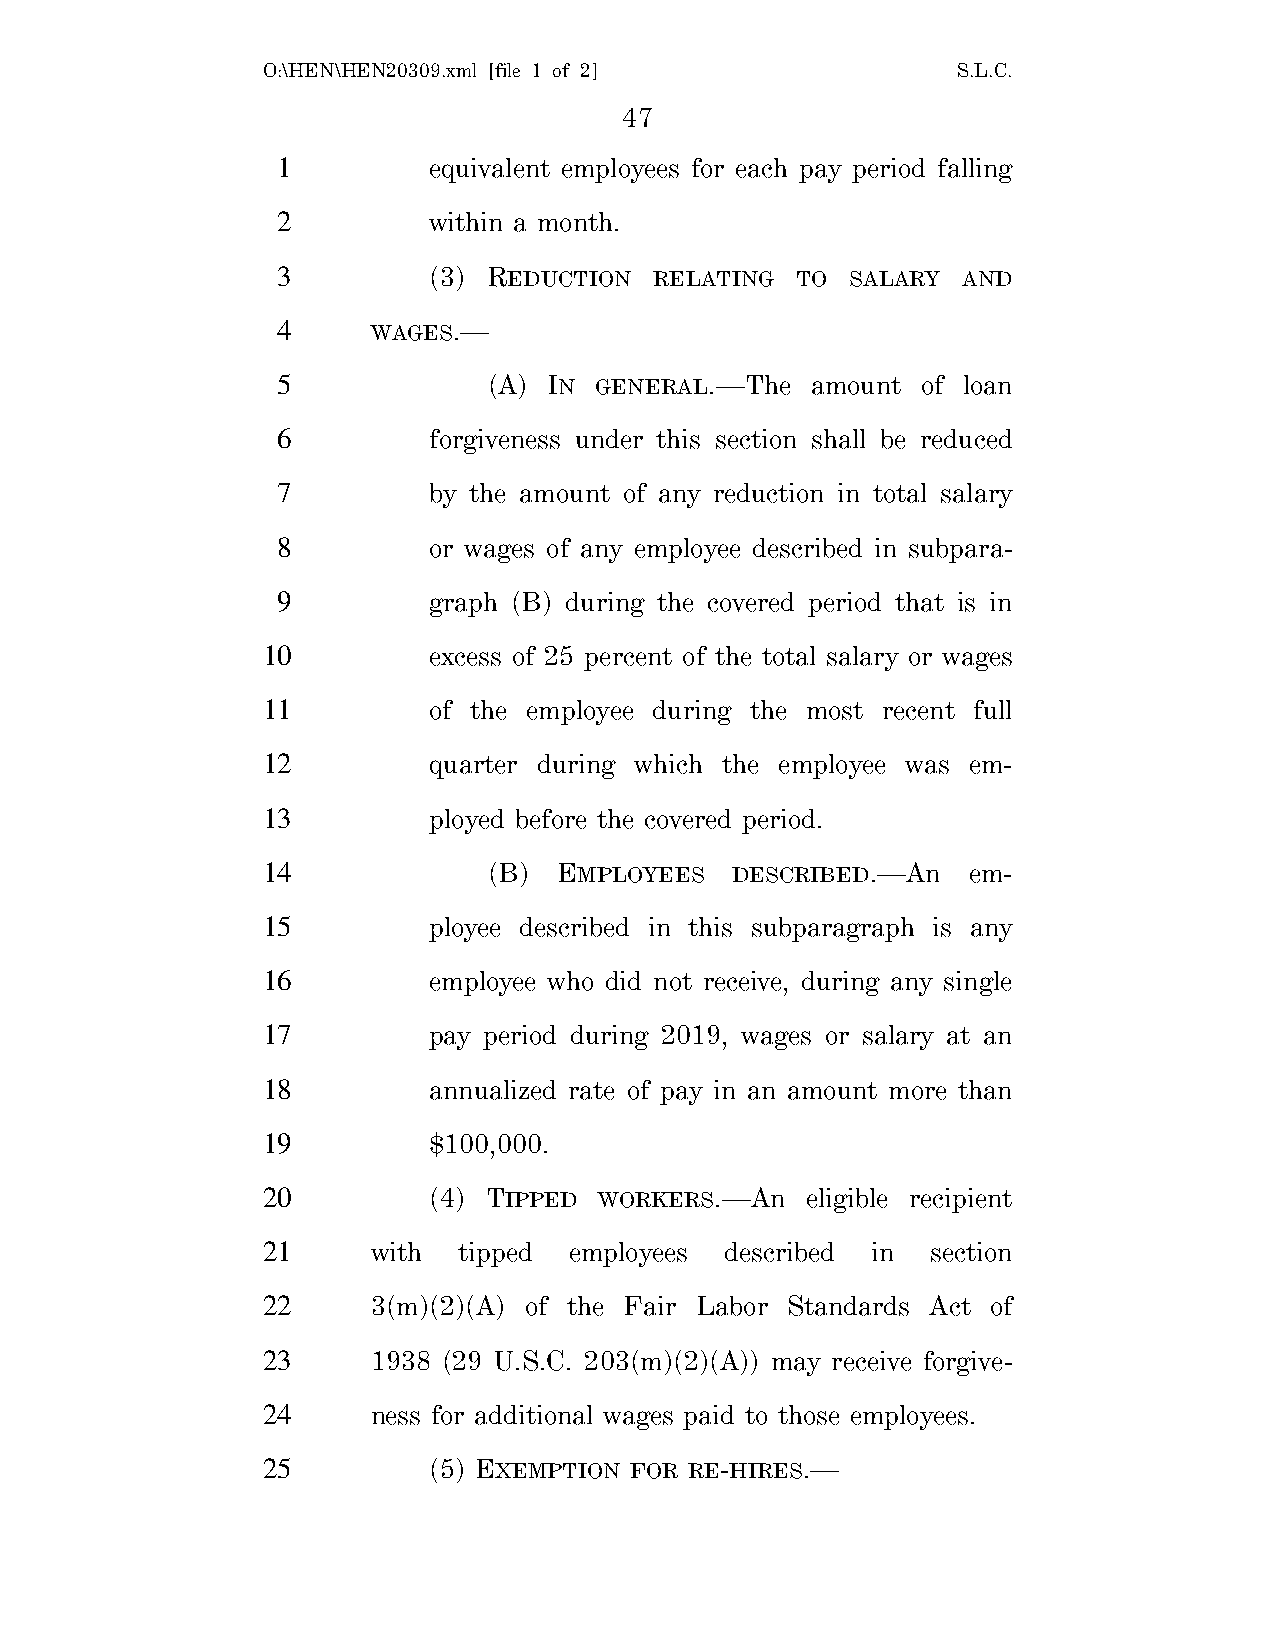
O:\HEN\HEN20309.xml [file 1 of 2]             S.L.C.
 47
 1         equivalent employees for each pay period falling
 2         within a month.
 3         (3) REDUCTION  RELATING  TO SALARY  AND
 4      WAGES.—
 5             (A) IN GENERAL.—The   amount of loan
 6         forgiveness under this section shall be reduced
 7         by the amount of any reduction in total salary
 8         or wages of any employee described in subpara-
 9         graph (B) during the covered period that is in
 10         excess of 25 percent of the total salary or wages
 11         of the employee during the most recent full
 12         quarter during which the employee was em-
 13         ployed before the covered period.
 14             (B)  EMPLOYEES  DESCRIBED.—An   em-
 15         ployee described in this subparagraph is any
 16         employee who did not receive, during any single
 17         pay period during 2019, wages or salary at an
 18         annualized rate of pay in an amount more than
 19         $100,000.
 20         (4) TIPPED  WORKERS.—An  eligible recipient
 21      with tipped  employees described in  section
 22      3(m)(2)(A) of the Fair Labor Standards Act of
 23      1938 (29 U.S.C. 203(m)(2)(A)) may receive forgive-
 24      ness for additional wages paid to those employees.
 25         (5) EXEMPTION FOR RE-HIRES.—